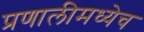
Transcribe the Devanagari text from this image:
प्रणालीमध्येच